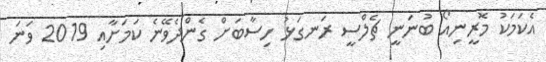
އެކަމަކު މޮރީނިއޯ ބުނަނީ ޗެލްސީ ރަނގަޅު ހިސާބަށް ގެންދެވޭނެ ކަމަށާއި 2019 ވަނަ